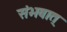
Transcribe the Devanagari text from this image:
संभवात्‌